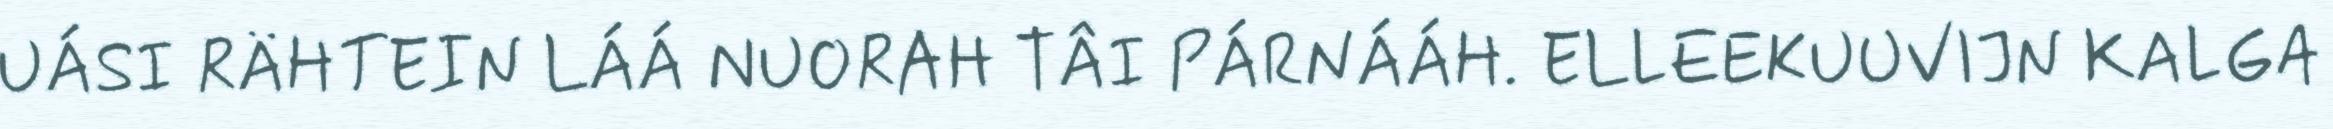
UÁSI RÄHTEIN LÁÁ NUORAH TÂI PÁRNÁÁH. ELLEEKUUVIJN KALGA